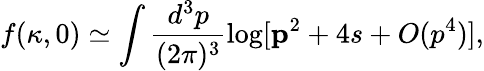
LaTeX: f(\kappa,0)\simeq\int\frac{d^{3}p}{(2\pi)^{3}}\log[{\mathbf p}^{2}+4s+O(p^{4})],